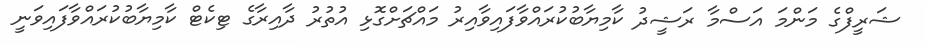
ޝަރީފްގެ މަންމަ އަސްމާ ރަޝީދު ކާމިޔާބުކުރައްވާފައިވާއިރު މައްޗަށްގޮޅި އުތުރު ދާއިރާގެ ޓިކެޓް ކާމިޔާބުކުރައްވާފައިވަނީ